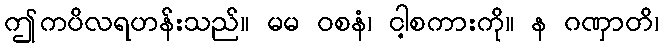
ဤကပိလရဟန်းသည်။ မမ ဝစနံ၊ ငါ့စကားကို။ န ဂဏှာတိ၊